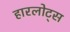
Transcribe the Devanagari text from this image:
हारलोट्स